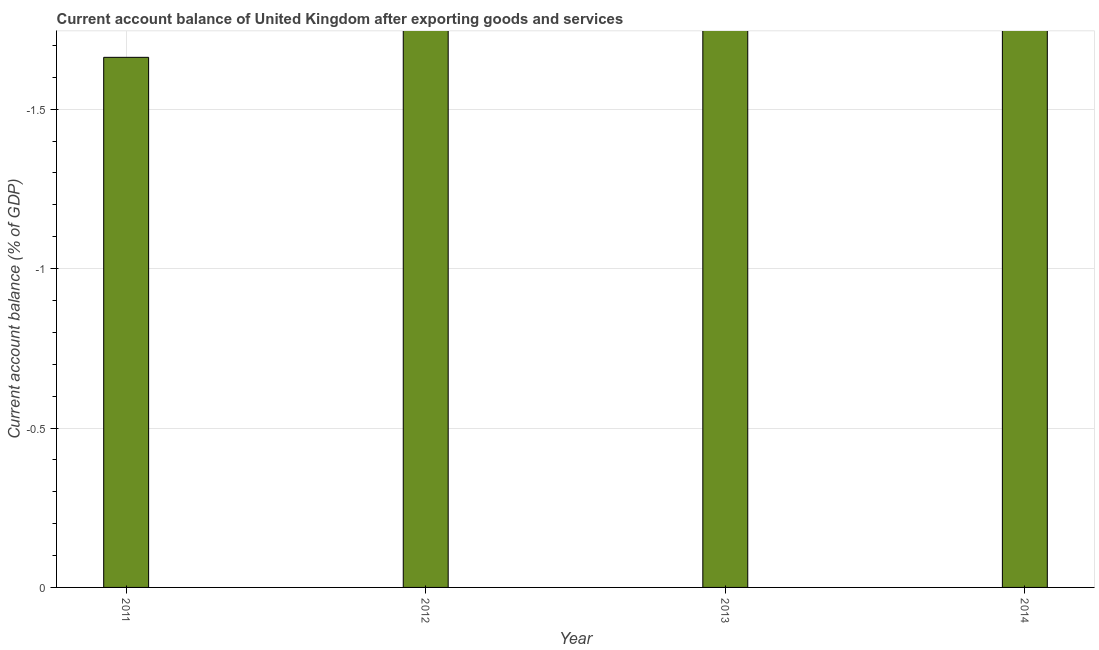
| Year | Current account balance |
 | --- | --- |
 | 2011 | -1.66 |
 | 2012 | -3.72 |
 | 2013 | -4.43 |
 | 2014 | -5.82 |